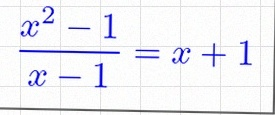
\frac{x^2-1}{x-1}=x+1